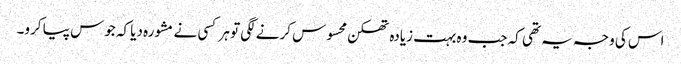
اس کی وجہ یہ تھی کہ جب وہ بہت زیادہ تھکن محسوس کرنے لگی تو ہر کسی نے مشورہ دیا کہ جوس پیا کرو۔